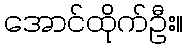
အောင်ထိုက်ဦး။